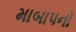
માબાપનો